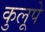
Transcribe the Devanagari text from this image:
कुलूपे